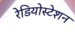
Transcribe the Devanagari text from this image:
रेडियोस्टेशन